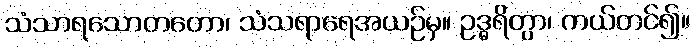
သံသာရသောတတော၊ သံသရာရေအယဉ်မှ။ ဥဒ္ဓရိတွာ၊ ကယ်တင်၍။